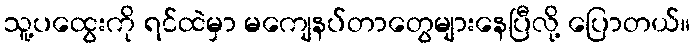
သူ့ပထွေးကို ရင်ထဲမှာ မကျေနပ်တာတွေများနေပြီလို့ ပြောတယ်။